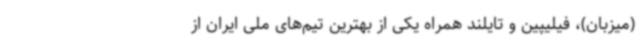
(میزبان)، فیلیپین و تایلند همراه یکی از بهترین تیم‌های ملی ایران از